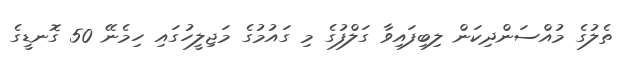
ތެލުގެ މުއްސަންދިކަން ލިބިފައިވާ ގަލްފުގެ މި ގައުމުގެ މަޖިލީހުގައި ހިމެނޭ 50 ގޮނޑީގެ